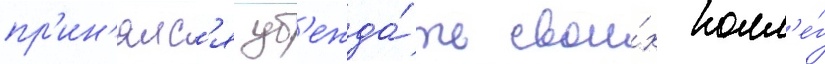
пр'ин'ялс'я уб'ежда́ть свои́х колл'е́г